Scottish Leaving Certificate Examination, 1961
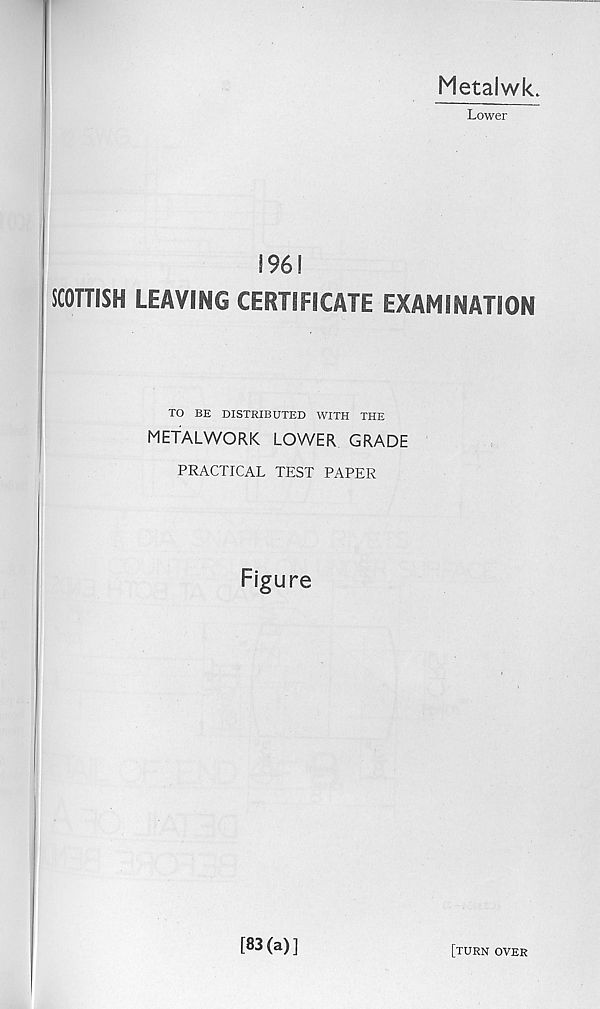
Metalwk.
Lower
1961
SCOTTISH LEAVING CERTIFICATE EXAMINATION
TO BE DISTRIBUTED WITH THE
METALWORK LOWER GRADE
PRACTICAL TEST PAPER
Figure
[83(a)]
[turn over